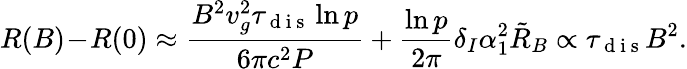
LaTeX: R(B)\! -\! R(0)\approx\frac{B^{2}v_{g}^{2}\tau_{\mathrm{~d~i~s~}}\ln p}{6\pi c^{2}P}+\frac{\ln p}{2\pi}\delta_{I}\alpha_{1}^{2}\tilde{R}_{B}\propto\tau_{\mathrm{~d~i~s~}}B^{2}.